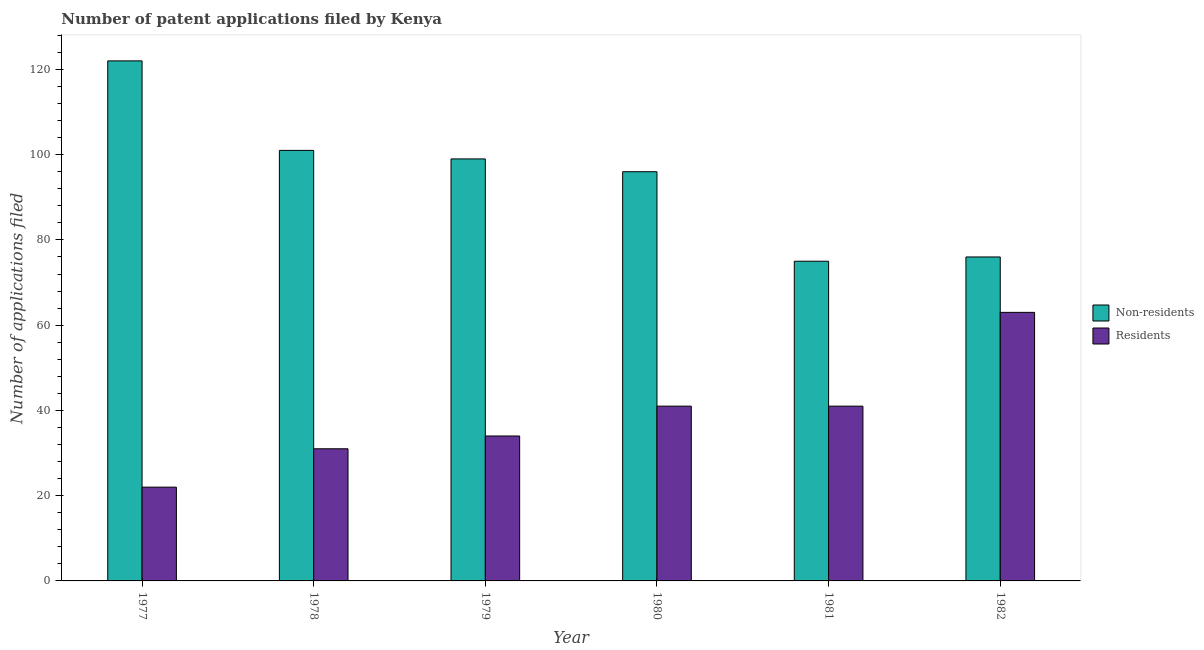
| Year | Non-residents | Residents |
 | --- | --- | --- |
 | 1977 | 122 | 22 |
 | 1978 | 101 | 31 |
 | 1979 | 99 | 34 |
 | 1980 | 96 | 41 |
 | 1981 | 75 | 41 |
 | 1982 | 76 | 63 |